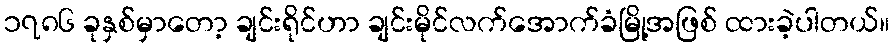
၁၇၈၆ ခုနှစ်မှာတော့ ချင်းရိုင်ဟာ ချင်းမိုင်လက်အောက်ခံမြို့အဖြစ် ထားခဲ့ပါတယ်။